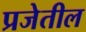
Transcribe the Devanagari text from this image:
प्रजेतील